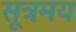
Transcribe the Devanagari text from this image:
सूत्रमय